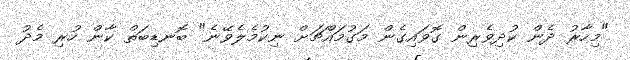
"މިހާރު ދެން ކުދިވެރިން ގޮވައިގެން މަގުމައްޗަށް ނިކުމެލެވޭނެ" ބޮނޑިބަތް ކާން ހުރި މެދު